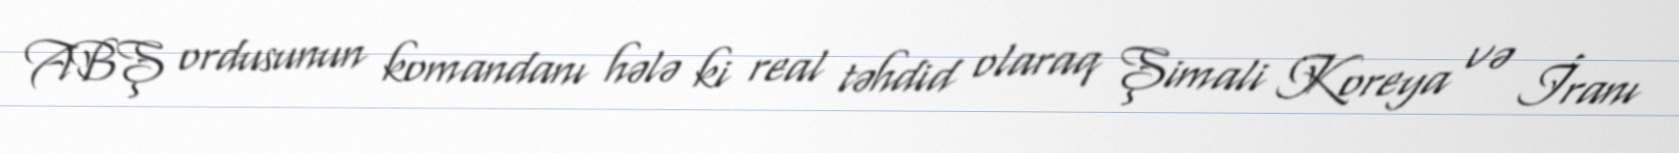
ABŞ ordusunun komandanı hələ ki real təhdid olaraq Şimali Koreya və İranı